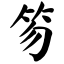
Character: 笏